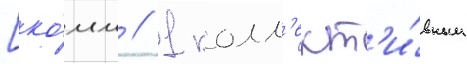
[ко́мм // 1 колл'ект'и́вным